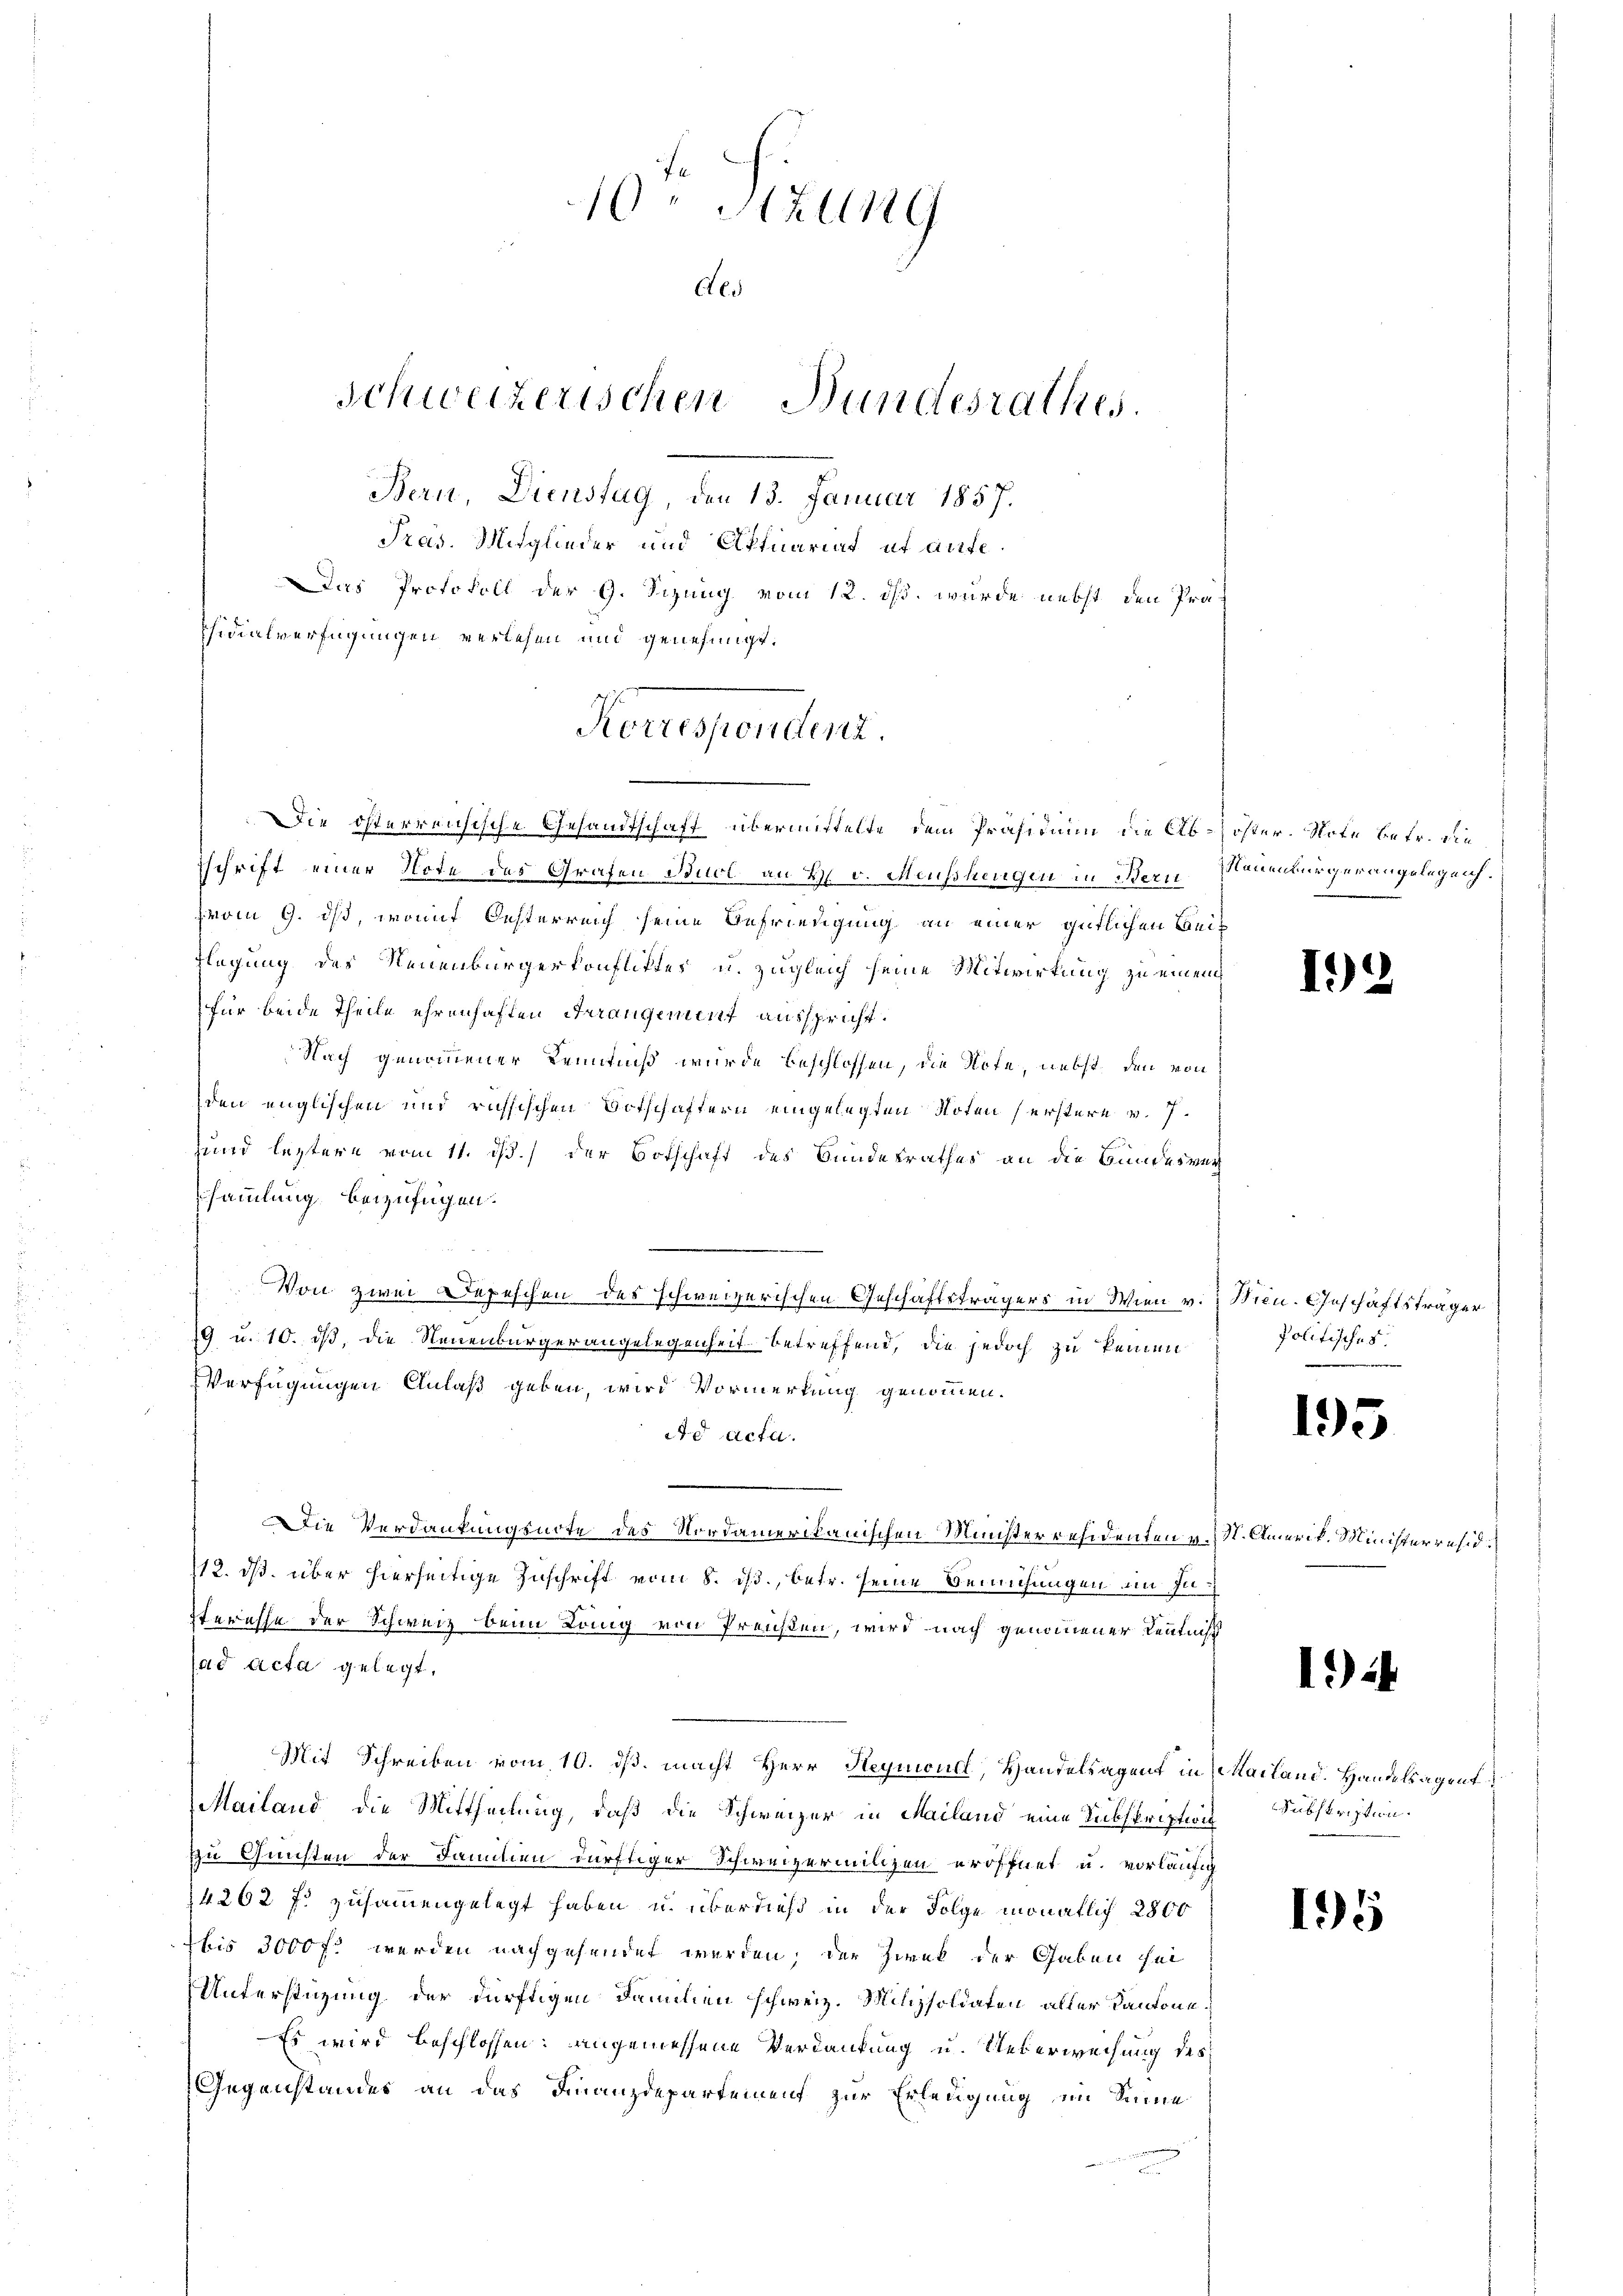
10ten Sitzung
Als
schweizerischen Bundesrathes.
Bern, Dienstag, den 13. Januar 1857.

Pras. Mitglieder und Affnariat et aufe¬
Das Protokoll der G. Sizung vom 12. ds. wurde nebst den Prä
Fidialverfügungen verlesen und genehmigt.

Korrespondent.
Die österreichische Gesandtschaft übermittelte dem Präsidium die Ab-öster. Note betr. die

schrift einer Note des Grafen Buol an H. v. Messhingen in Bern Neuenburgerangelegen.
vom 9. ds, womit Oesterreich seine Befriedigung an einer gütlichen Bei¬
Flegung des Neuenbürgerkonfliktes u. zugleich seine Mitwirkung zu einen
für beide Theile ehrenhaften Arrangement ausspricht.
Nach genommener Kenntniß wurde beschlossen, die Note, nebst den von
den englischen und russischen Botschaftern eingelegten Noten (erstere v. 7.
Zund leztere vom 11. iß.) der Botschaft des Bundesrathes an die Bundesver
sammlung beizufügen.
Von zwei Depeschen des schweizerischen Geschäftsträgers in Wien v. Nicn. Geschäftsträger
19 u. 10. ds, die Neuenburgerangelegenheit betreffend, die jedoch zu keinen
VVerfügungen Anlaß geben, wird Vormerkung genommen.
d acta.
Die Verdankungsarte des Nordamerikanischen Münsterresidenten v. St. Amerik. Ministerresid.
12. ds. über hierseitige Zuschrift vom 8. ds., betr. seine Bemühungen im Interesse der Schweiz beim Köng von Preußen, wird nach genommener Kenntniß
ad acta gelegt.
Mit Schreiben vom 10. ds. macht Herr Heyncul, Handelsagent in Mailand. Handelsagent
Mailand die Mittheilung, daß die Schweizer in Mailand eine Subskription Subskription.
zu Gunsten der Familien dürftiger Schweizermilchen eröffnet u. vorläufig
14262 f. zusammengelegt haben u. überdieß in der Folge monatlich 2800
bis 3000 fl werden nachgesendet werden; der Zweck der Gaben sei
Unterstüzung der dürftigen Familien schweiz. Milizsoldaten aller Kantone
Es wird beschlossen: angemessene Verdankung u. Ueberweisung des
Gegenstandes an das Finanzdepartement zur Erledigung im Sinne

politisches

192

195

)

195